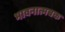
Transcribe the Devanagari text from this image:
भावनात्मबक